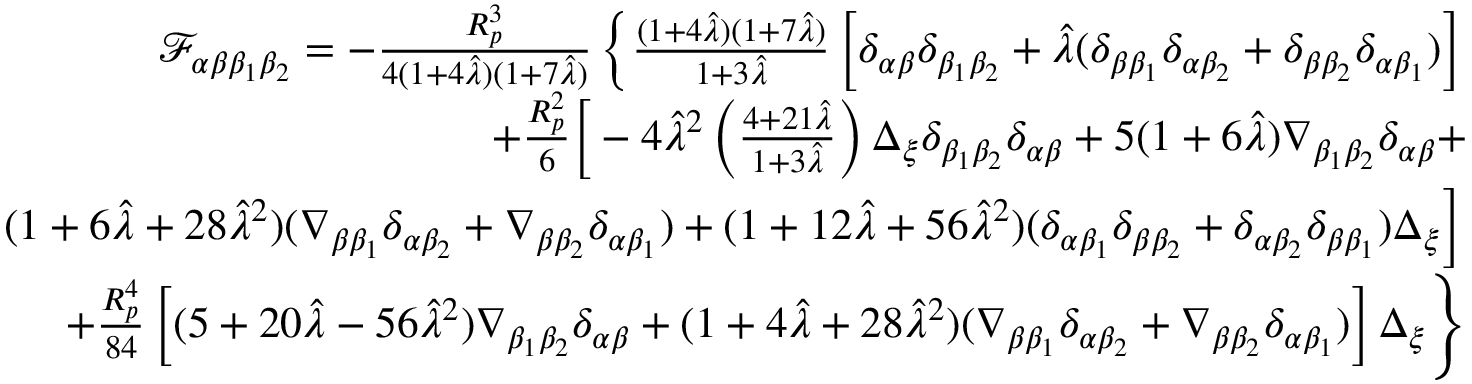
\begin{array} { r l r } & { } & { \mathcal { F } _ { \alpha \beta \beta _ { 1 } \beta _ { 2 } } = - \frac { R _ { p } ^ { 3 } } { 4 ( 1 + 4 \hat { \lambda } ) ( 1 + 7 \hat { \lambda } ) } \left\{ \frac { ( 1 + 4 \hat { \lambda } ) ( 1 + 7 \hat { \lambda } ) } { 1 + 3 \hat { \lambda } } \left[ \delta _ { \alpha \beta } \delta _ { \beta _ { 1 } \beta _ { 2 } } + \hat { \lambda } ( \delta _ { \beta \beta _ { 1 } } \delta _ { \alpha \beta _ { 2 } } + \delta _ { \beta \beta _ { 2 } } \delta _ { \alpha \beta _ { 1 } } ) \right] \right. } \\ & { } & { + \frac { R _ { p } ^ { 2 } } { 6 } \bigg [ - 4 \hat { \lambda } ^ { 2 } \left( \frac { 4 + 2 1 \hat { \lambda } } { 1 + 3 \hat { \lambda } } \right) \Delta _ { \xi } \delta _ { \beta _ { 1 } \beta _ { 2 } } \delta _ { \alpha \beta } + 5 ( 1 + 6 \hat { \lambda } ) \nabla _ { \beta _ { 1 } \beta _ { 2 } } \delta _ { \alpha \beta } + } \\ & { } & { \left. ( 1 + 6 \hat { \lambda } + 2 8 \hat { \lambda } ^ { 2 } ) ( \nabla _ { \beta \beta _ { 1 } } \delta _ { \alpha \beta _ { 2 } } + \nabla _ { \beta \beta _ { 2 } } \delta _ { \alpha \beta _ { 1 } } ) + ( 1 + 1 2 \hat { \lambda } + 5 6 \hat { \lambda } ^ { 2 } ) ( \delta _ { \alpha \beta _ { 1 } } \delta _ { \beta \beta _ { 2 } } + \delta _ { \alpha \beta _ { 2 } } \delta _ { \beta \beta _ { 1 } } ) \Delta _ { \xi } \bigg ] \right. } \\ & { } & { \left. + \frac { R _ { p } ^ { 4 } } { 8 4 } \left[ ( 5 + 2 0 \hat { \lambda } - 5 6 \hat { \lambda } ^ { 2 } ) \nabla _ { \beta _ { 1 } \beta _ { 2 } } \delta _ { \alpha \beta } + ( 1 + 4 \hat { \lambda } + 2 8 \hat { \lambda } ^ { 2 } ) ( \nabla _ { \beta \beta _ { 1 } } \delta _ { \alpha \beta _ { 2 } } + \nabla _ { \beta \beta _ { 2 } } \delta _ { \alpha \beta _ { 1 } } ) \right] \Delta _ { \xi } \right\} } \end{array}